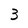
Character: 3